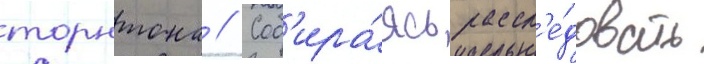
торнтона // Соб'ира́ясь рассл'е́довать